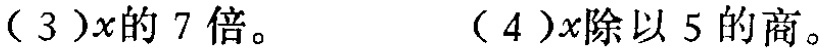
(3)$x$的 7 倍：$7x$

(4)$x$除以 5 的商：$\frac{x}{5}$